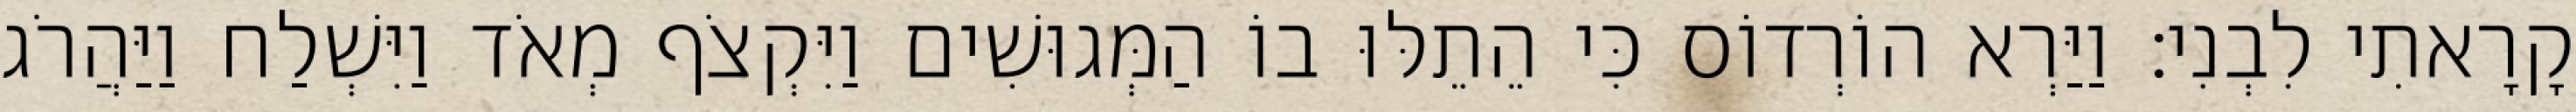
קָרָאתִי לִבְנִי׃ וַיַּרְא הוֹרְדוֹס כִּי הֵתֵלּוּ בוֹ הַמְּגוּשִׁים וַיִּקְצֹף מְאֹד וַיִּשְׁלַח וַיַּהֲרֹג